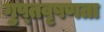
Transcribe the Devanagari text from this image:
गुप्‍तवृषणता